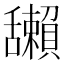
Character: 𦧺